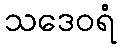
သဒေဝရံ